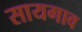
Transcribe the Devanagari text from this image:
सायगाव